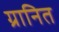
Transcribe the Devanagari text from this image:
ग्रानित